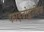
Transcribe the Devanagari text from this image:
फाइब्रोब्लास्टिक